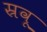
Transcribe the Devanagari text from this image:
स्रवू